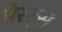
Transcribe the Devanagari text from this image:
पेरंट्स